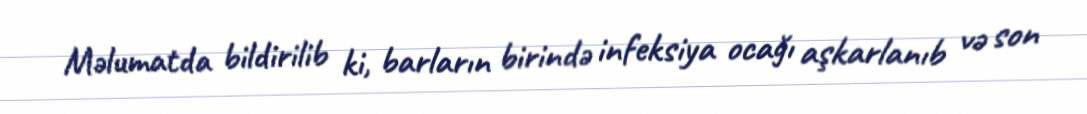
Məlumatda bildirilib ki, barların birində infeksiya ocağı aşkarlanıb və son